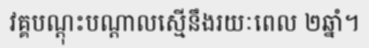
វគ្គបណ្តុះបណ្តាលស្មើនឹងរយៈពេល ២ឆ្នាំ។